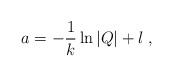
LaTeX: \begin{align*}a = -\frac{1}{k}\ln |Q| + l \; , \end{align*}